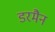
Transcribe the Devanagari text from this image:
डरमैन